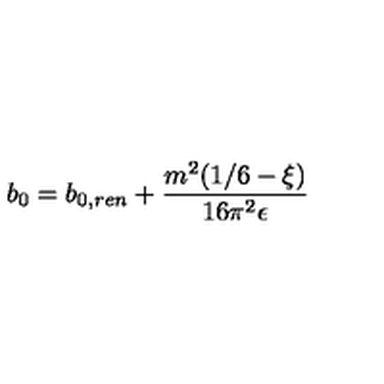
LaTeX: b _ { 0 } = b _ { 0 , r e n } + { \frac { m ^ { 2 } ( 1 / 6 - \xi ) } { 1 6 \pi ^ { 2 } \epsilon } }